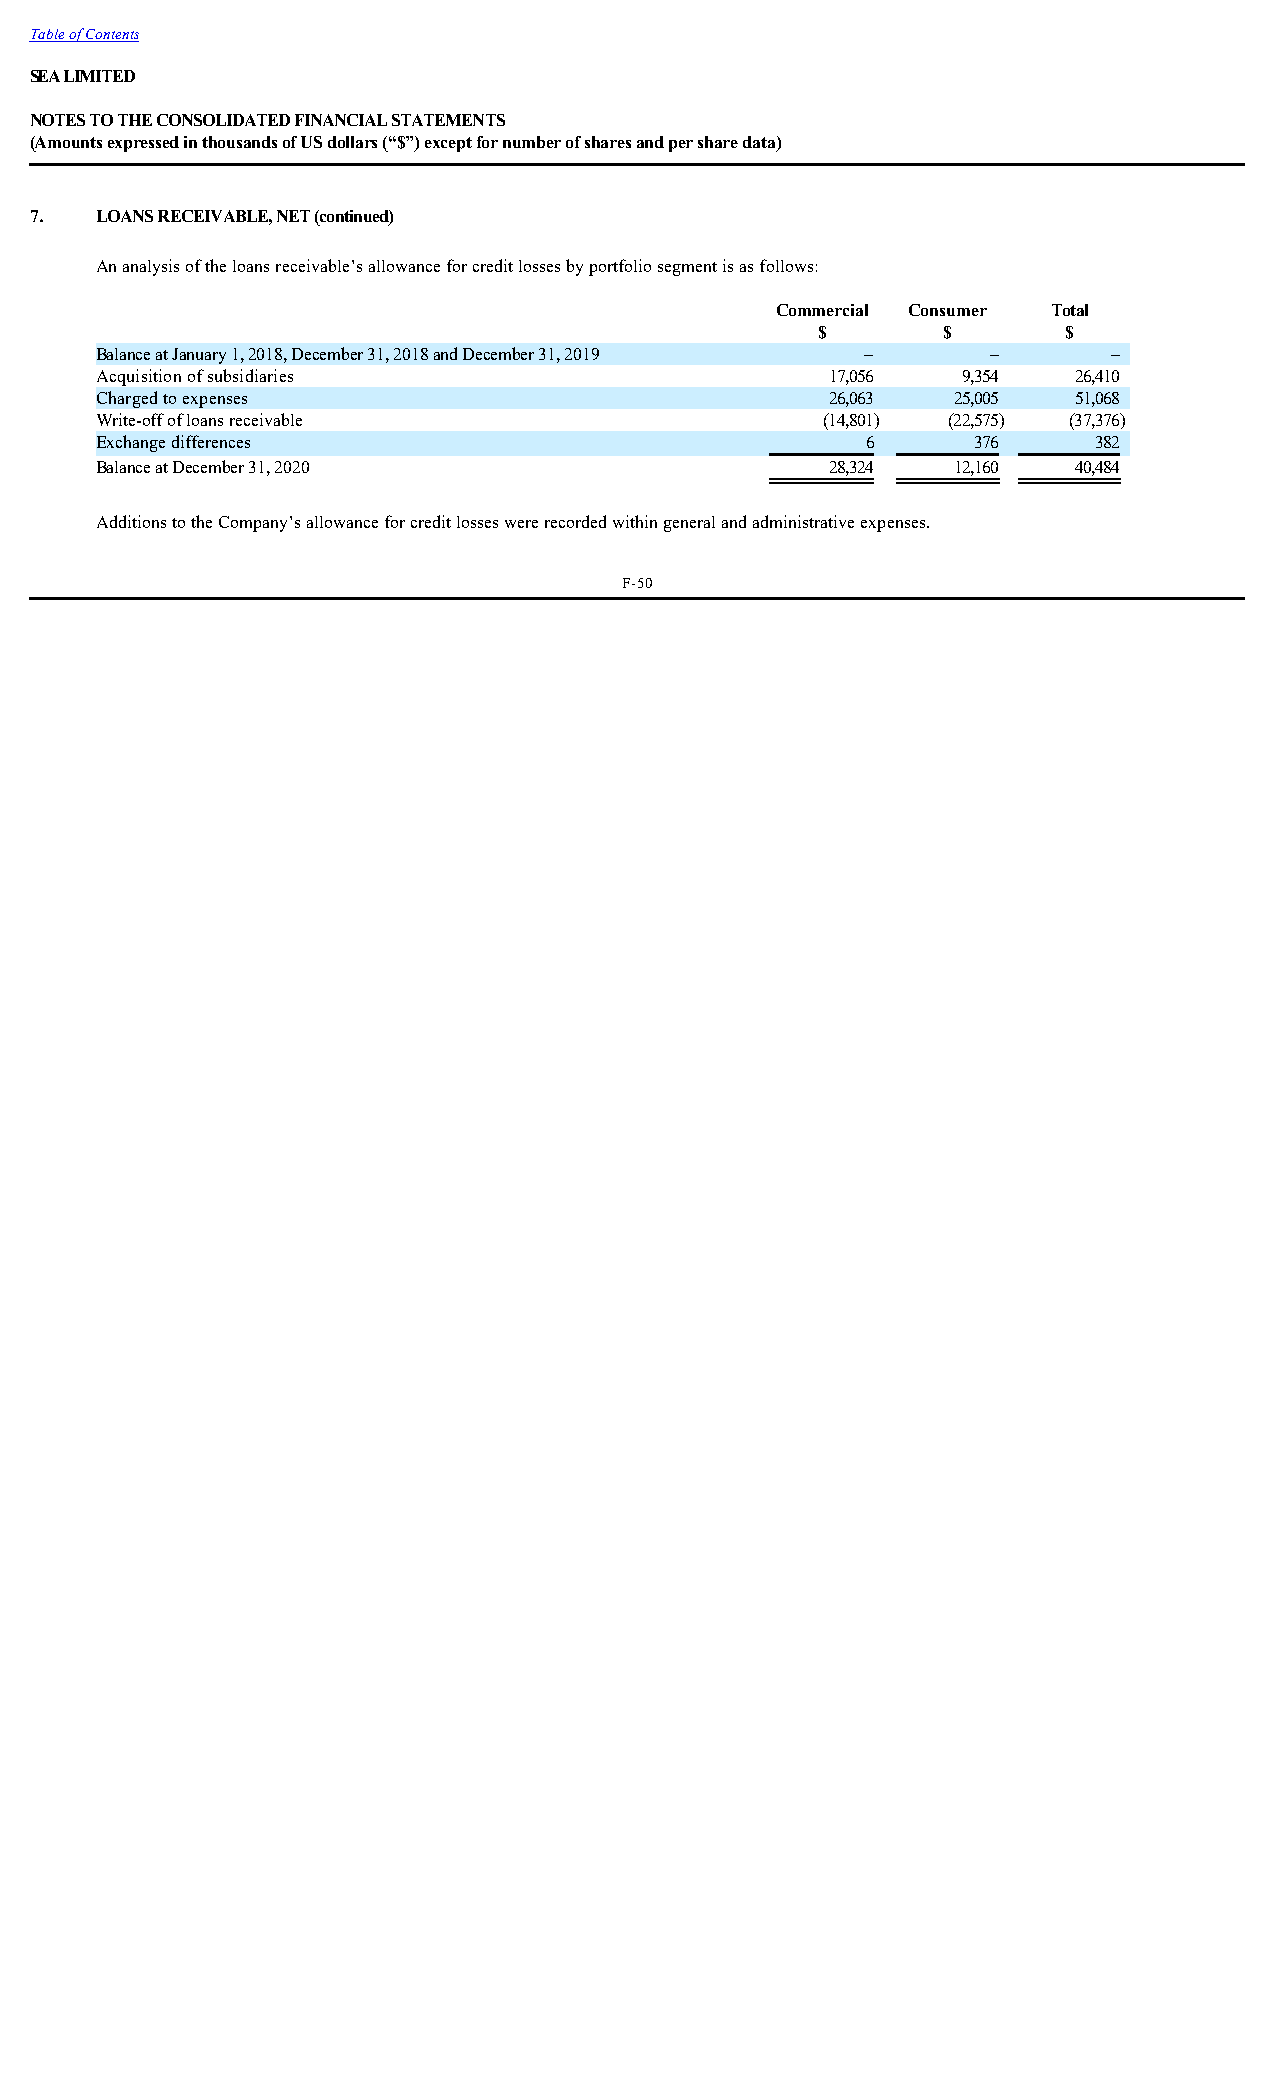
Table of Contents
 SEA LIMITED
 NOTES TO THE CONSOLIDATED FINANCIAL STATEMENTS
 (Amounts expressed in thousands of US dollars (“$”) except for number of shares and per share data)
 7.  LOANS RECEIVABLE, NET (continued)
 An analysis of the loans receivable’s allowance for credit losses by portfolio segment is as follows:
 Commercial Consumer Total
 $       $        $
 Balance at January 1, 2018, December 31, 2018 and December 31, 2019 – – –
 Acquisition of subsidiaries                      17,056   9,354  26,410
 Charged to expenses                              26,063  25,005  51,068
 Write-off of loans receivable                   (14,801) (22,575) (37,376)
 Exchange differences                               6       376     382
 Balance at December 31, 2020                     28,324  12,160  40,484
 Additions to the Company’s allowance for credit losses were recorded within general and administrative expenses.
 F-50